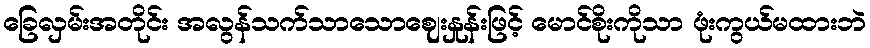
ခြေလှမ်းအတိုင်း အလွန်သက်သာသောဈေးနှုန်းဖြင့် မောင်စိုးကိုသာ ဖုံးကွယ်မထားဘဲ